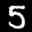
Digit: 5